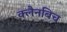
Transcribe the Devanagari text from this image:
क्लैनबिच